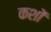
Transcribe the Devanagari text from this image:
कशों